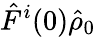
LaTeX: \hat{F}^{i}(0)\hat{\rho}_{0}